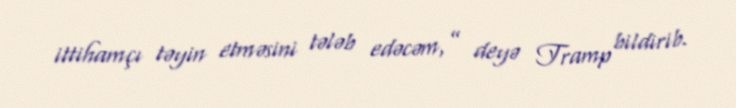
ittihamçı təyin etməsini tələb edəcəm,” deyə Tramp bildirib.